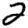
Digit: 2